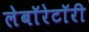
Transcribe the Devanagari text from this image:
लेबाॅरेटाॅरी